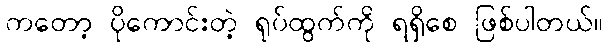
ကတော့ ပိုကောင်းတဲ့ ရုပ်ထွက်ကို ရရှိစေ ဖြစ်ပါတယ်။